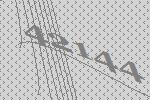
42144